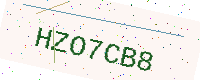
Text: HZO7CB8